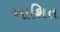
આશિત